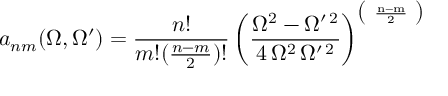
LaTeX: a _ { n m } ( \Omega , \Omega ^ { \prime } ) = \frac { n ! } { m ! ( \frac { n - m } { 2 } ) ! } \, \bigg ( { \displaystyle \frac { \Omega ^ { 2 } - \Omega ^ { \prime \, 2 } } { 4 \, \Omega ^ { 2 } \, \Omega ^ { \prime \, 2 } } } \bigg ) ^ { \big ( \mathrm { ~ \frac { n - m } { 2 } ~ } \big ) }